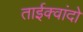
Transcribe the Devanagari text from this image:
ताईक्वांदो